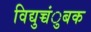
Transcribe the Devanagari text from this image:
विद्युच्चंुबक